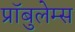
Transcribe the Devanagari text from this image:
प्रॉबुलेम्स